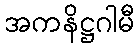
အကနိဋ္ဌဂါမီ